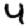
Digit: 4